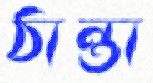
ঠান্তা